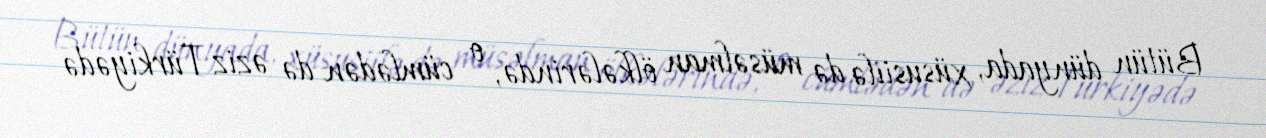
Bütün dünyada, xüsusiilə də müsəlman ölkələrində, o cümlədən də əziz Türkiyədə